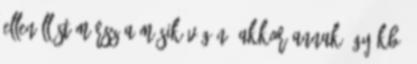
ellenállást mérsz a másik végén, akkor annak úgy kb.